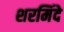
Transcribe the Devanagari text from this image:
शरमिंदे